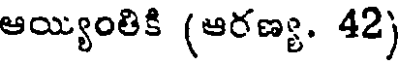
ఆయ్యింతికి (ఆరణ్య. 42)